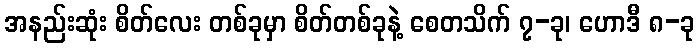
အနည်းဆုံး စိတ်လေး တစ်ခုမှာ စိတ်တစ်ခုနဲ့ စေတသိက် ၇-ခု၊ ဟောဒီ ၈-ခု